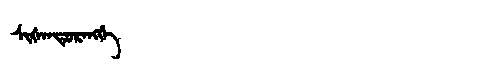
Manchu: ᠰᡳᡧᠠᠨᡨᡠᡵᠠᠩᡤᡝ
Romanization: SIŠANTURANGGE